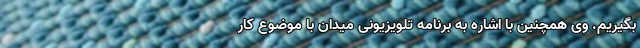
بگیریم. وی همچنین با اشاره به برنامه تلویزیونی میدان با موضوع کار